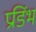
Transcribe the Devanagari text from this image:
प्रडिंभ